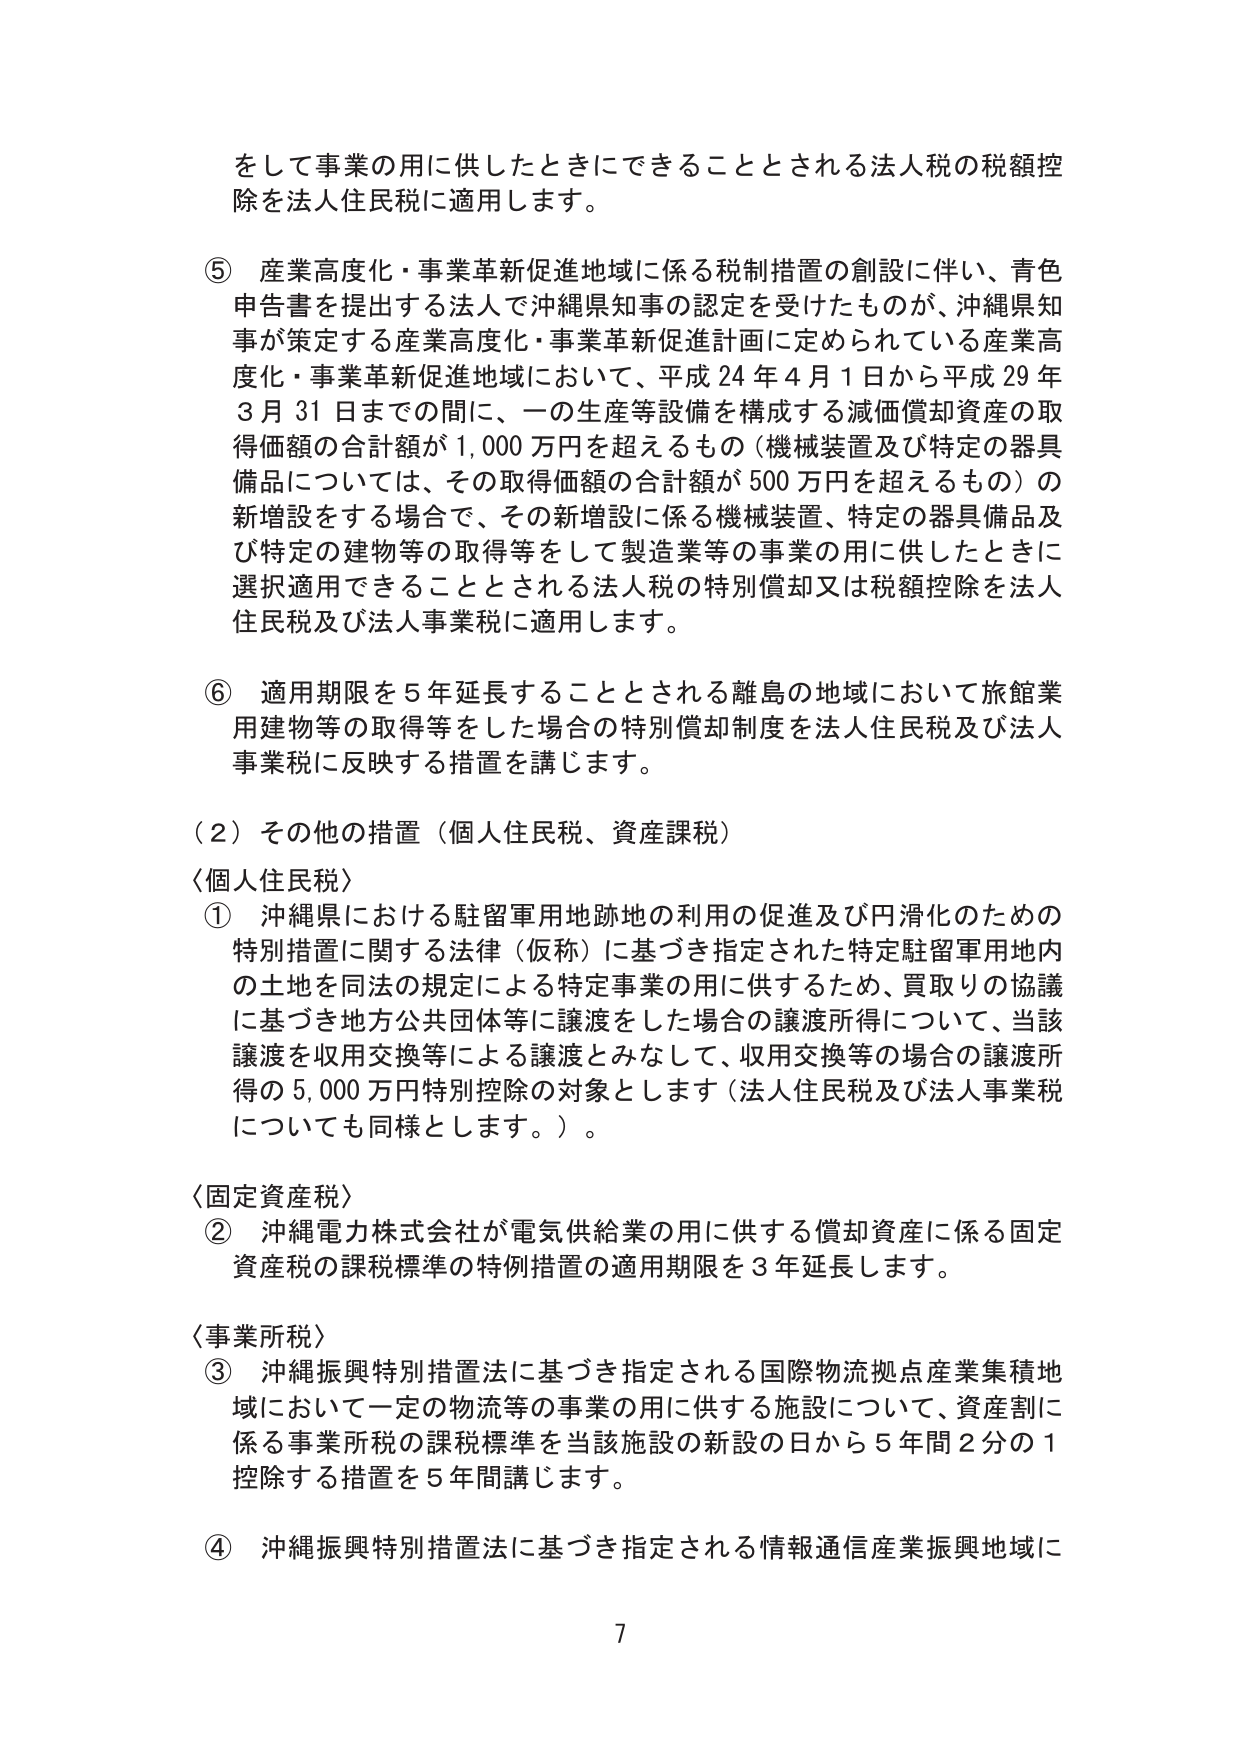
をして事業の用に供したときにできることとされる法人税の税額控除を法人住民税に適用します。

⑤ 産業高度化・事業革新促進地域に係る税制措置の創設に伴い、青色申告書を提出する法人で沖縄県知事の認定を受けたものが、沖縄県知事が策定する産業高度化・事業革新促進計画に定められている産業高度化・事業革新促進地域において、平成24年4月1日から平成29年3月31日までの間に、一の生産等設備を構成する減価償却資産の取得価額の合計額が1,000万円を超えるもの（機械装置及び特定の器具備品については、その取得価額の合計額が500万円を超えるもの）の新増設をする場合で、その新増設に係る機械装置、特定の器具備品及び特定の建物等の取得等をして製造業等の事業の用に供したときに選択適用できることとされる法人税の特別償却又は税額控除を法人住民税及び法人事業税に適用します。

⑥ 適用期限を5年延長することとされる離島の地域において旅館業用建物等の取得等をした場合の特別償却制度を法人住民税及び法人事業税に反映する措置を講じます。

（2）その他の措置（個人住民税、資産課税）

〈個人住民税〉
① 沖縄県における駐留軍用地跡地の利用の促進及び円滑化のための特別措置に関する法律（仮称）に基づき指定された特定駐留軍用地内の土地を同法の規定による特定事業の用に供するため、買取りの協議に基づき地方公共団体等に譲渡をした場合の譲渡所得について、当該譲渡を収用交換等による譲渡とみなして、収用交換等の場合の譲渡所得の5,000万円特別控除の対象とします（法人住民税及び法人事業税についても同様とします。）。

〈固定資産税〉
② 沖縄電力株式会社が電気供給業の用に供する償却資産に係る固定資産税の課税標準の特例措置の適用期限を3年延長します。

〈事業所税〉
③ 沖縄振興特別措置法に基づき指定される国際物流拠点産業集積地域において一定の物流等の事業の用に供する施設について、資産割に係る事業所税の課税標準を当該施設の新設の日から5年間2分の1控除する措置を5年間講じます。

④ 沖縄振興特別措置法に基づき指定される情報通信産業振興地域に

7